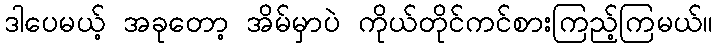
ဒါပေမယ့် အခုတော့ အိမ်မှာပဲ ကိုယ်တိုင်ကင်စားကြည့်ကြမယ်။